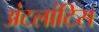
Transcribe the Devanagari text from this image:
अंटलांटिस